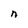
Character: n